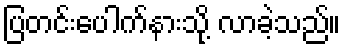
ပြတင်းပေါက်နားသို့ လာခဲ့သည်။